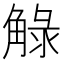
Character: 觮